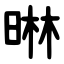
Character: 晽